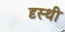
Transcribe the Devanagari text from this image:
दृस्थी